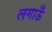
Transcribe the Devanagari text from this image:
लगाऊँ